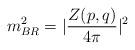
LaTeX: \begin{align*}m_{BR}^2 = \vert \frac{Z(p,q)}{4\pi} \vert^2\end{align*}